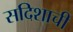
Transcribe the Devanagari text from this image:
सदिशाची